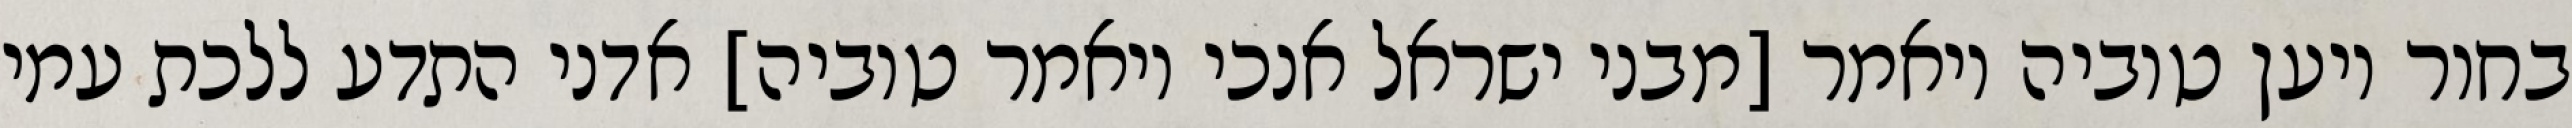
בחור ויען טוביה ויאמר [מבני ישראל אנכי ויאמר טוביה] אדני התדע ללכת עמי